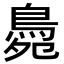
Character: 䳃